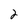
Character: 2